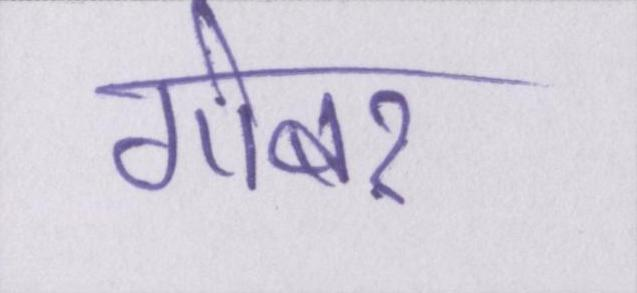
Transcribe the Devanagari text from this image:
गोबर